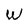
Character: W